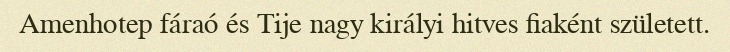
Amenhotep fáraó és Tije nagy királyi hitves fiaként született.